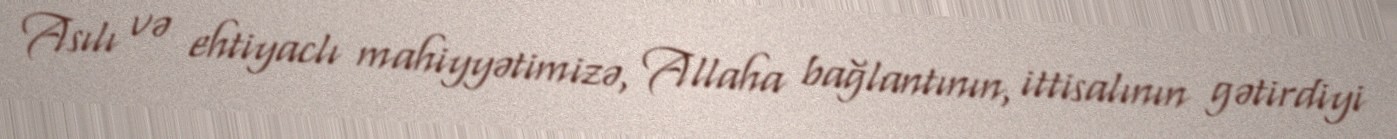
Asılı və ehtiyaclı mahiyyətimizə, Allaha bağlantının, ittisalının gətirdiyi